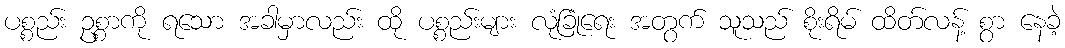
ပစ္စည်း ဥစ္စာကို ရသော အခါမှာလည်း ထို ပစ္စည်းများ လုံခြုံရေး အတွက် သူသည် စိုးရိမ် ထိတ်လန့် စွာ နေခဲ့